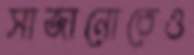
সাজানোতেও